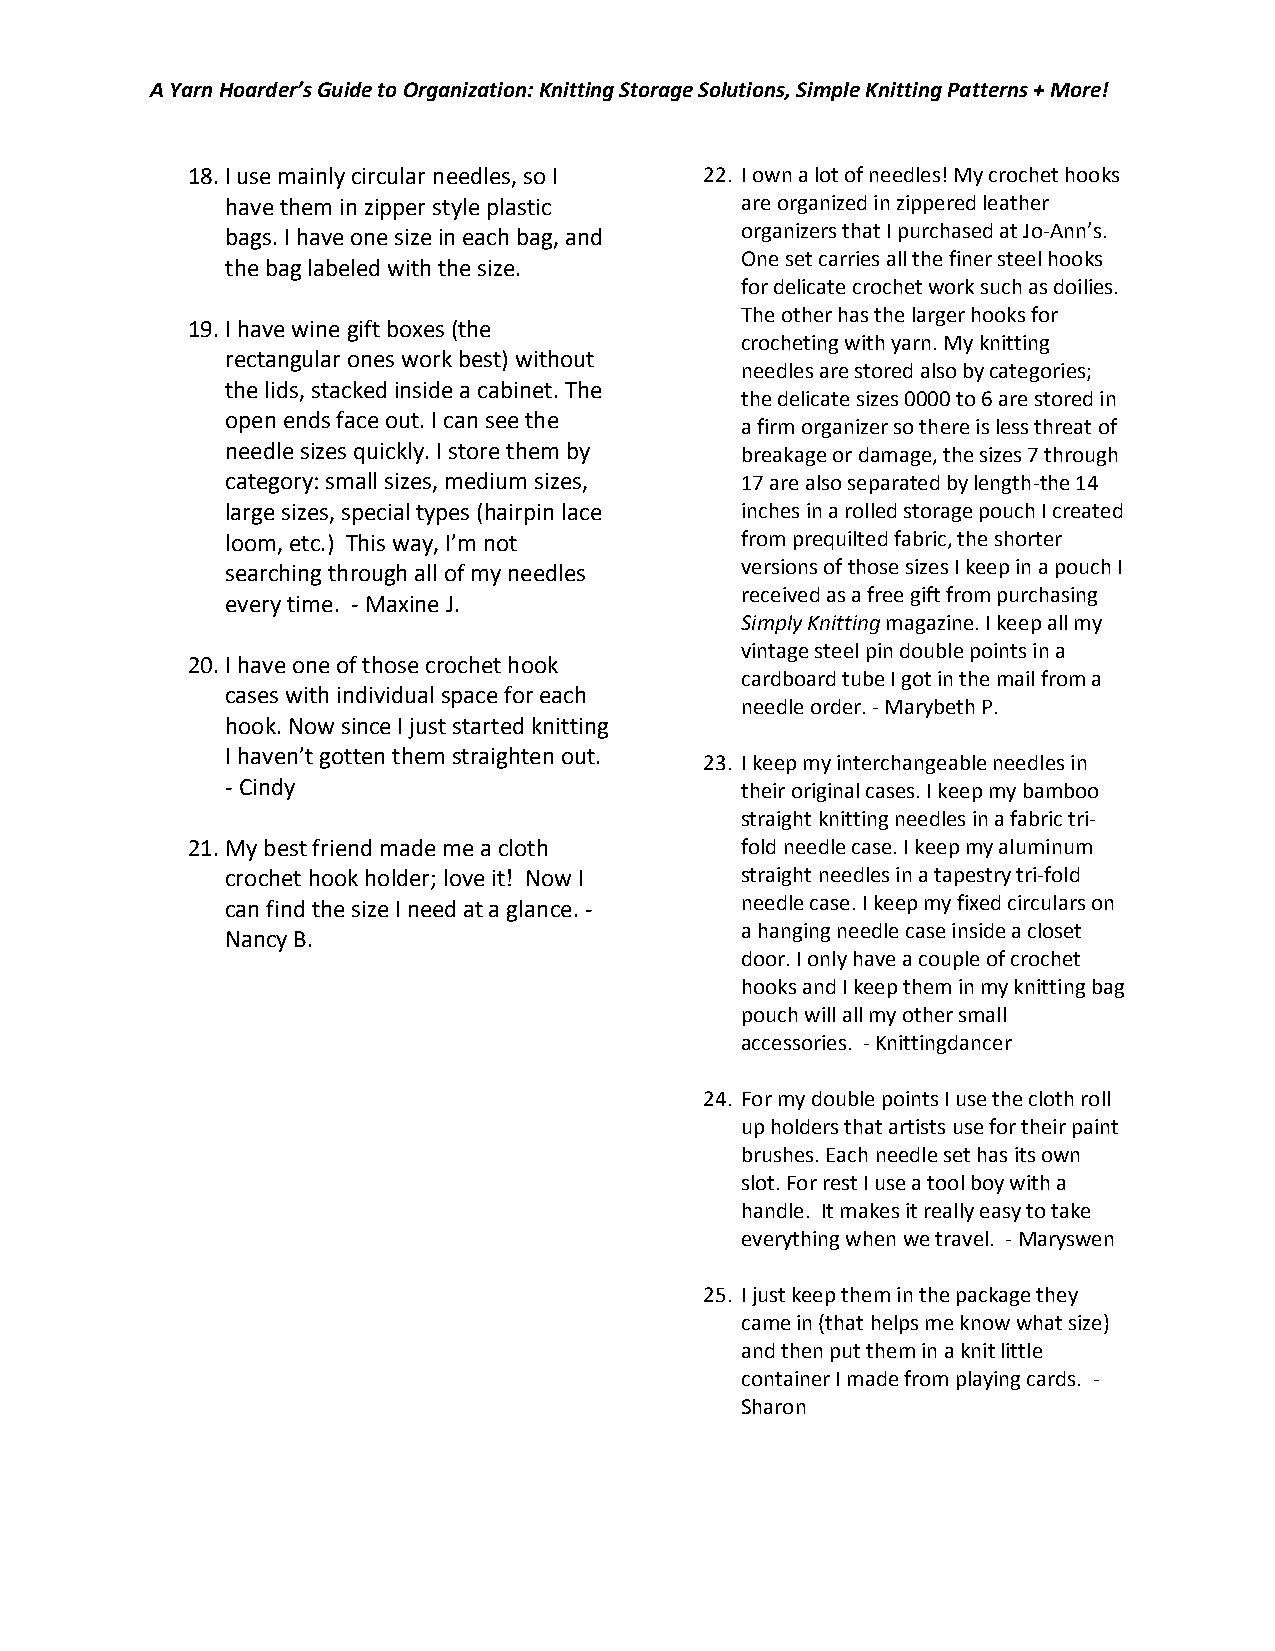
A Yarn Hoarder’s Guide to Organization: Knitting Storage Solutions, Simple Knitting Patterns + More!
 18. I use mainly circular needles, so I 22. I own a lot of needles! My crochet hooks
 have them in zipper style plastic are organized in zippered leather
 bags. I have one size in each bag, and organizers that I purchased at Jo-Ann’s.
 One set carries all the finer steel hooks
 the bag labeled with the size.
 for delicate crochet work such as doilies.
 The other has the larger hooks for
 19. I have wine gift boxes (the
 crocheting with yarn. My knitting
 rectangular ones work best) without
 needles are stored also by categories;
 the lids, stacked inside a cabinet. The
 the delicate sizes 0000 to 6 are stored in
 open ends face out. I can see the
 a firm organizer so there is less threat of
 needle sizes quickly. I store them by breakage or damage, the sizes 7 through
 category: small sizes, medium sizes, 17 are also separated by length-the 14
 large sizes, special types (hairpin lace inches in a rolled storage pouch I created
 loom, etc.) This way, I’m not     from prequilted fabric, the shorter
 searching through all of my needles versions of those sizes I keep in a pouch I
 received as a free gift from purchasing
 every time. - Maxine J.
 Simply Knitting magazine. I keep all my
 vintage steel pin double points in a
 20. I have one of those crochet hook
 cardboard tube I got in the mail from a
 cases with individual space for each
 needle order. - Marybeth P.
 hook. Now since I just started knitting
 I haven’t gotten them straighten out.
 23. I keep my interchangeable needles in
 - Cindy                           their original cases. I keep my bamboo
 straight knitting needles in a fabric tri-
 21. My best friend made me a cloth   fold needle case. I keep my aluminum
 crochet hook holder; love it! Now I straight needles in a tapestry tri-fold
 can find the size I need at a glance. - needle case. I keep my fixed circulars on
 a hanging needle case inside a closet
 Nancy B.
 door. I only have a couple of crochet
 hooks and I keep them in my knitting bag
 pouch will all my other small
 accessories. - Knittingdancer
 24. For my double points I use the cloth roll
 up holders that artists use for their paint
 brushes. Each needle set has its own
 slot. For rest I use a tool boy with a
 handle. It makes it really easy to take
 everything when we travel. - Maryswen
 25. I just keep them in the package they
 came in (that helps me know what size)
 and then put them in a knit little
 container I made from playing cards. -
 Sharon